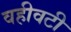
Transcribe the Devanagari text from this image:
वहीवटी